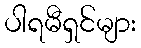
ပါရမီရှင်များ